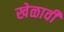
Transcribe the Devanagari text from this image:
खेळावी